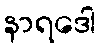
နာရဒေါ